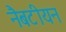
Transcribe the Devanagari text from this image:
नैबटीयन